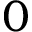
0